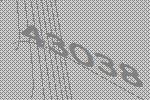
43038